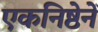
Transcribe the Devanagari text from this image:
एकनिष्ठेनें